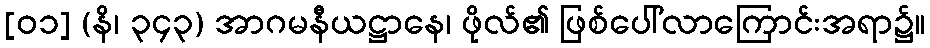
[၀၁] (နိ၊ ၃၄၃) အာဂမနီယဋ္ဌာနေ၊ ဖိုလ်၏ ဖြစ်ပေါ်လာကြောင်းအရာ၌။